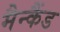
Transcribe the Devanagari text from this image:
मैन्कैंड